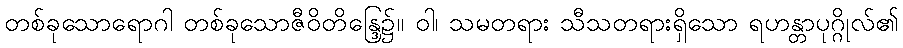
တစ်ခုသောရောဂါ တစ်ခုသောဇီဝိတိန္ဒြေ၌။ ဝါ၊ သမတရား သီသတရားရှိသော ရဟန္တာပုဂ္ဂိုလ်၏